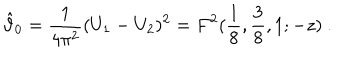
\hat { \vartheta } _ { 0 } = { \frac { 1 } { 4 \pi ^ { 2 } } } ( U _ { 1 } - U _ { 2 } ) ^ { 2 } = F ^ { 2 } ( { \frac { 1 } { 8 } } , { \frac { 3 } { 8 } } , 1 ; - z ) ~ .